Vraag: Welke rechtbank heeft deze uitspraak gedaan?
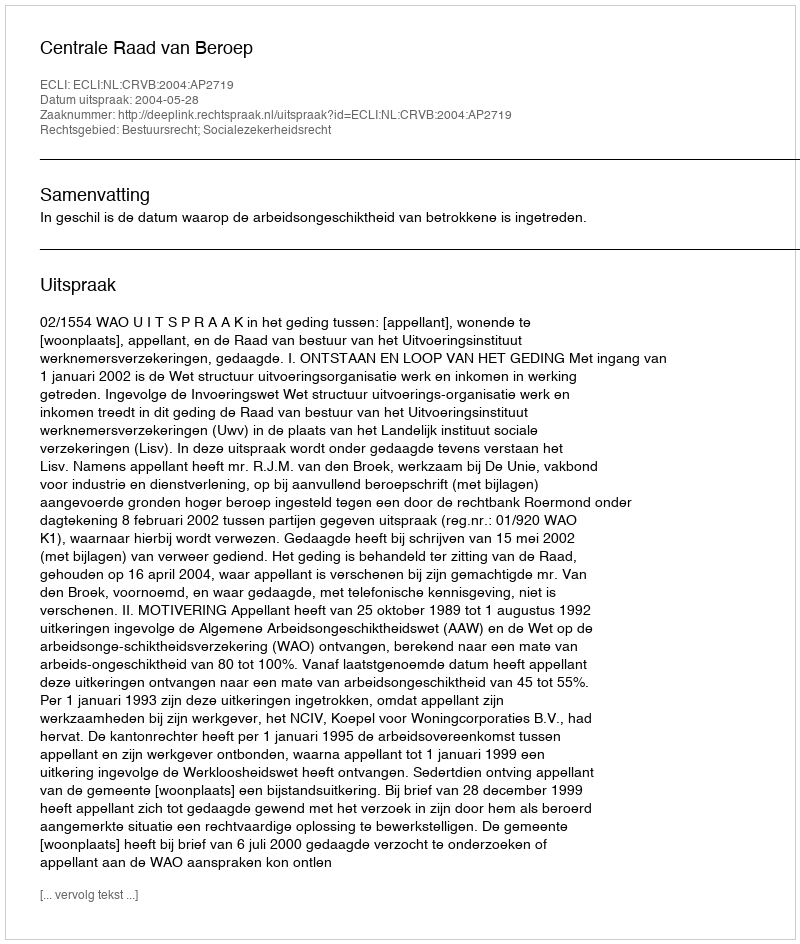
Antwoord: Centrale Raad van Beroep